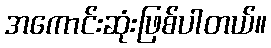
အကောင်းဆုံးဖြစ်ပါတယ်။